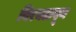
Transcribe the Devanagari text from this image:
विरघळवून